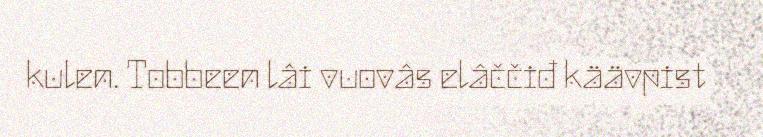
kulen. Tobbeen lâi vuovâs elâččiđ käävpist